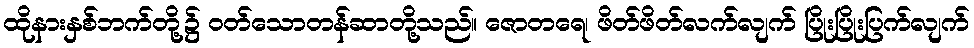
ထိုနားနှစ်ဘက်တို့၌ ဝတ်သောတန်ဆာတို့သည်။ ဇောတရေ၊ ဖိတ်ဖိတ်လက်လျက် ပြိုးပြိုးပြက်လျက်